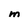
Character: M